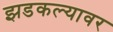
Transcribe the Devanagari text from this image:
झडकल्यावर